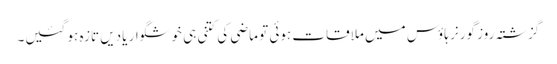
گزشتہ روز گورنر ہاؤس میں ملاقات ہوئی تو ماضی کی کتنی ہی خوشگوار یادیں تازہ ہو گئیں۔